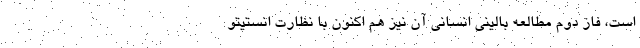
است، فاز دوم مطالعه بالینی انسانی آن نیز هم اکنون با نظارت انستیتو